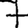
Digit: 7